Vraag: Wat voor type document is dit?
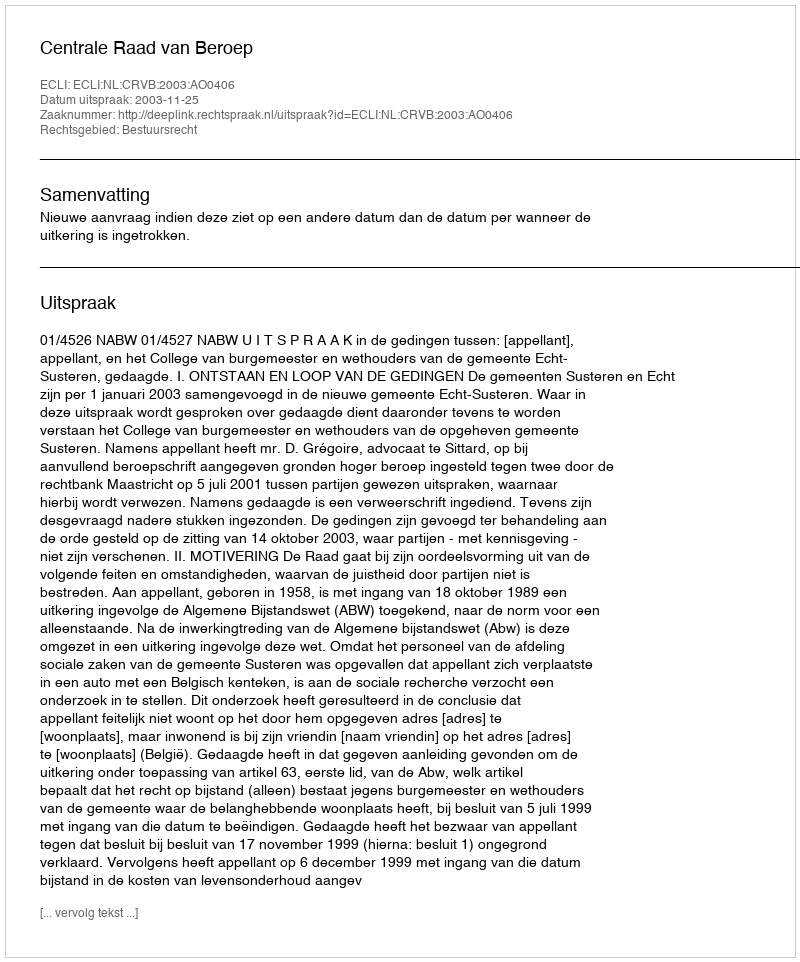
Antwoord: Uitspraak